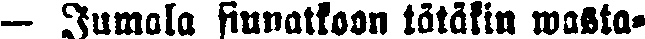
— Jumala siunatkoon tätäkin wasta-